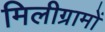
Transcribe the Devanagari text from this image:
मिलीग्रामों